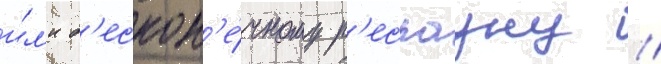
и́л'и б'ескон'е́чному р'еспауну //